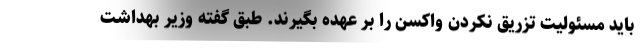
باید مسئولیت تزریق نکردن واکسن را بر عهده بگیرند. طبق گفته وزیر بهداشت